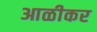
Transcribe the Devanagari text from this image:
आळीकर